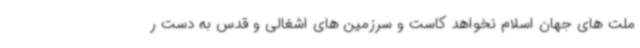
ملت های جهان اسلام نخواهد کاست و سرزمین های اشغالی و قدس به دست ر